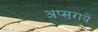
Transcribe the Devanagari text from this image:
अप्सरायें